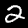
Label: 2